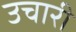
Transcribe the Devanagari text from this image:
उचारी